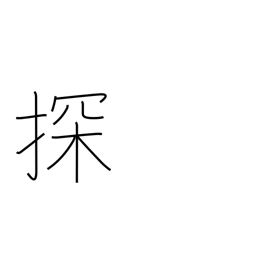
Meaning: search